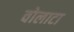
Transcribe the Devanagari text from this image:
वोलाटा